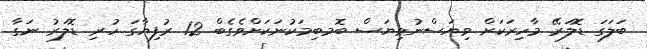
ބަލަގަ ޑޮލަރޭ މާހިރަކަށް ވިޔަސްނުވިޔަސް ބޮމބިމަކުނަކަށްވެގެބް 12 ރުފިޔާގަ ހުރި ޑޮލަރު ނަގާ